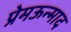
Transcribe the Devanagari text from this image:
प्रेमऊन्माद